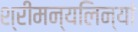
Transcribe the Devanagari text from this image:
श्रीमन्यलिन्यां